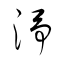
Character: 淨